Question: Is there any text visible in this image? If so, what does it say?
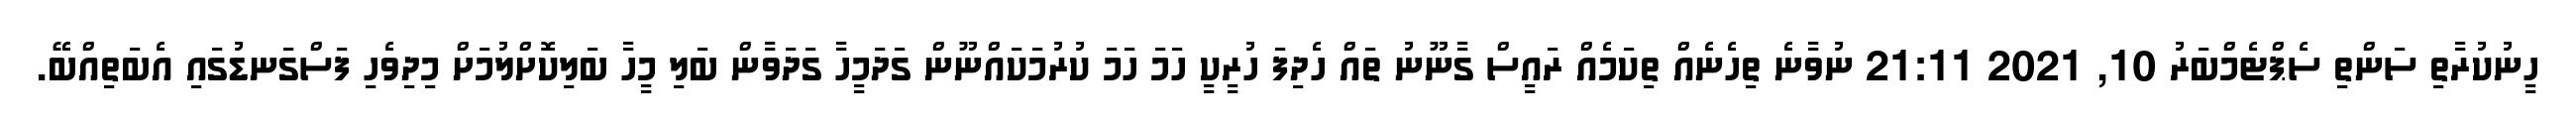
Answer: ހީނުކުރާތި ސަންތި ސެޕްޓެމްބަރު 10, 2021 21:11 ނުވާނެ ތިހެނެއް ތިކަމެއް ރައީސް ގާނޫނު ތައް ހެދިފަ ހުރީކީ ހަމަ ހަމަ ކުރުމަކައްނޫން ގަދަމީހާ ގަދަވާން ބަލި މީހާ ބަލިކޮށްލުމަށް މިދިވެހި ފަސްގަނޑުގައި އެބަތިއްބޭ.